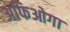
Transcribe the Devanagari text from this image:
अफिओगा